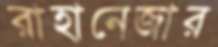
রাহানেজার